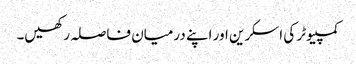
کمپیوٹر کی اسکرین اور اپنے درمیان فاصلہ رکھیں۔